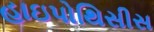
હાઇપોથિસીસ